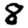
Digit: 8